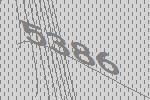
5386